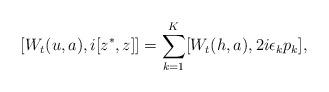
LaTeX: \begin{align*}[W_t(u,a),i[z^*,z]]=\sum_{k=1}^K [W_t(h,a),2i\epsilon_kp_k],\end{align*}